Memorandum on the prevention of leprosy by segregation of the affected
Disease focus: Leprosy
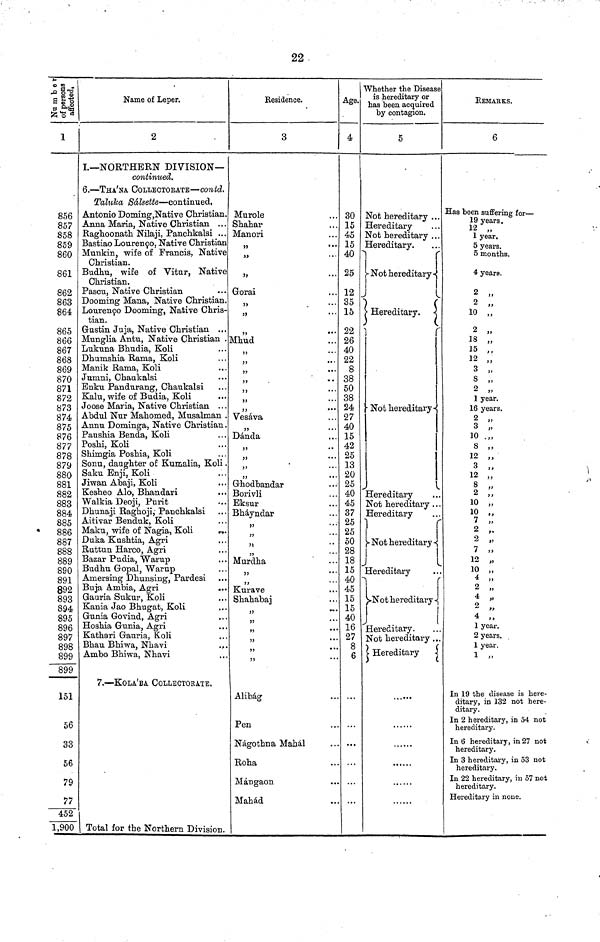
22
Number of peresons affected.
1
856
857
858
859
860
861
862
863
864
865
866
867
868
869
870
871
872
873
874
875
876
877
878
879
880
881
882
883
884
885
886
887
888
889
890
891
892
893
894
895
896
897
898
899
899
151
56
33
56
79
77
452
1,900
Name of Leper.
2
I.— NORTHERN DIVISION—
continued.
6. — THA'NA COLLECTORATE — contd.
Taluka Salsette — continued.
Antonio Doming,Native Christian.
Anna Maria, Native Christian ...
Raghoonath Nilaji, Panchkalsi ...
Bastiao Louren9o, Native Christian
Munkin, wife of Francis, Native
Christian.
Budhu, wife of Vitur, Native
Christian.
Pascu, Native Christian
Dooming Mana, Native Christian.
Louren9o Dooming, Native Chris-
tian.
Gustin Juja, Native Christian ...
Munglia Antu, Native Christian .
Lukuna Bhudia, Koli
Dhumshia Rama, Koli
Manik Rama, Koli
Jumni, Chaukalsi
Enku Pandurang, Chaukalsi
Kalu, wife of Budia, Koli
Joose Maria, Native Christian
Abdul Nur Mahomed, Musalman .
Annu Dominga, Native Christian.
Paushia Benda, Koli
Poshi, Koli
Shirngia Poshia, Koli
Sonu, daughter of Kumalia, Koli .
Saku Enji, Koli
Jiwan Abaji, Koli
Kesheo Alo, Bhandari
Walkia Deoji, Purit
Dhunaji Raghoji,- Panchkalsi
Aitivar Benduk, Koli
Maku, wife of Nagia, Koli
...
Duka Kushtia, Agri
Ruttun Harco, Agri
Bazar Pudia, Warup
Budhu Gopal, Warup
Amersing Dhunsing, Pardesi
Buja, Ambia, Agri
...
Gauria Sukur, Koli
Kania Jao Bhugat, Koli
Gunia Govind, Agri
Hoshia Gunia, Agri
Kathari Gauria, Koli
Bhau Bhiwa, Nhavi
.,.
Ambo Bhiwa, Nhavi
7. — KOLÁBA COLLECTORATE.
Total for the Northern Division.
Residence.
3
Murole
Shahar
Manori
"
Gorai
"
"
,
Mhud
"
"
"
"
"
"
Vesava
"
Danda
"
"
"
Ghodbandar
Borivli
Eksur
Bhayndar
"
"
Murdha
" "
Kurave
Shahabaj
Alibág
Pen
Nagothna Mahal
Roha
Mángaon
Mahád
Age.
4
30
15
45
15
40
25
12
35
15
22
26
40
22
8
38
50
38
24
27
40
15
42
25
13
20
25
40
45
37
25
25
50
28
18
15
40
45
15
15
40
16
27
8
6
...
...
Whether the Disease
is hereditary or
has been acquired
by contagion.
5
Not hereditary ...
Hereditary
Not hereditary . . .
Hereditary.
Not hereditary
Hereditary.
Not hereditary
Hereditary
Not hereditary . . .
Hereditary
Not hereditary
Hereditary
Not hereditary
Hereditary.
Not hereditary ...
Hereditary
REMARKS.
6
Has been suffering for —
19 years.
12 "
1 year.
5 years.
5 months.
4 years.
2 "
2 "
10 "
2 "
18 "
15 "
12 "
3 "
8 "
2 "
1 year.
16 years.
2 "
3 "
10 "
8 "
12 "
3 "
12 "
8 "
2 "
10 "
7 "
2 "
2 "
7 "
12 "
10 "
4 "
2 "
4 "
2 "
4 "
1 year.
2 years.
1 year.
1 "
In 19 the disease is here-
ditary, in 132 not here-
ditary.
In 2 hereditary, in 54 not
hereditary.
In 6 hereditary, in 27 not
hereditary.
In 3 hereditary, in 53 not
hereditary.
In 22 hereditary, in 57 not
hereditary.
Hereditary in none.